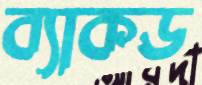
ব্যাকড